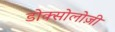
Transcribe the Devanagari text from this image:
डोक्सोलोज़ी